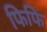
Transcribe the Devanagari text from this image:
फिफि